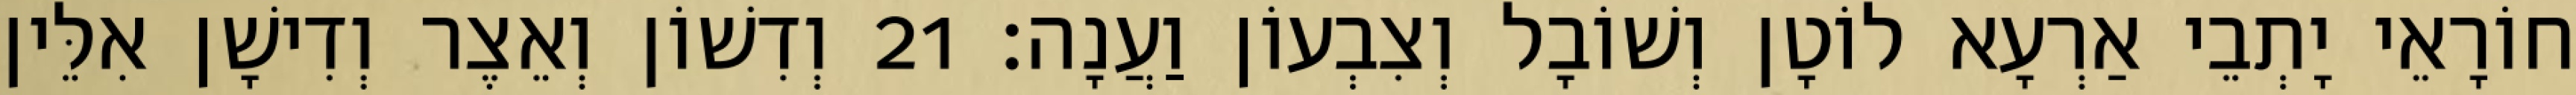
חוֹרָאֵי יָתְבֵי אַרְעָא לוֹטָן וְשׁוֹבָל וְצִבְעוֹן וַעֲנָה׃ 21 וְדִשׁוֹן וְאֵצֶר וְדִישָׁן אִלֵּין